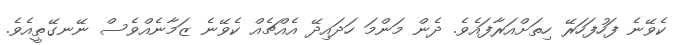
ކެވޭނެ ފަހުފަހަރޭ ހިތަށްއަރާފައެވެ. ދެން މަންމަ ހަދައިދޭ އެއްޗެއް ކެވޭނެ ޒަމާނެއްވެސް ނޭނގޭތީއެވެ.